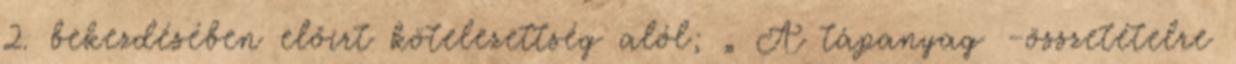
2. bekezdésében előírt kötelezettség alól; „ A tápanyag –összetételre